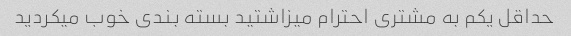
حداقل یکم به مشتری احترام میزاشتید بسته بندی خوب میکردید